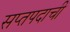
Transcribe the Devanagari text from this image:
सप्तपदाची